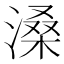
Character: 𪶽